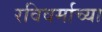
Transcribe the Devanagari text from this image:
रविवर्माच्या